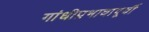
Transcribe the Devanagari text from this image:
गांधीप्रभावापूर्वी